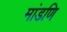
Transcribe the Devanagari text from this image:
मांडणि